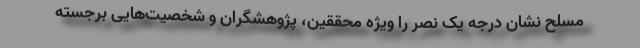
مسلح نشان درجه یک نصر را ویژه محققین، پژوهشگران و شخصیت‌هایی برجسته